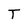
Character: T